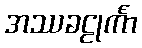
အဿခဠုင်္ကာ